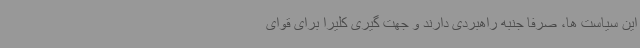
این سیاست ها، صرفاً جنبه راهبردی دارند و جهت گیری کلیرا برای قوای